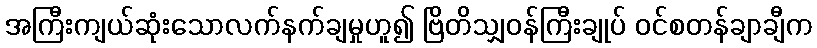
အကြီးကျယ်ဆုံးသောလက်နက်ချမှုဟူ၍ ဗြိတိသျှဝန်ကြီးချုပ် ဝင်စတန်ချာချီက